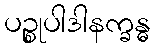
ပဉ္စုပါဒါနက္ခန္ဓ